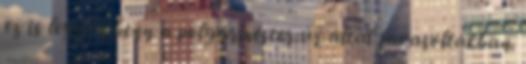
ez is legyen benn a polgármester úr által javasoltakban.